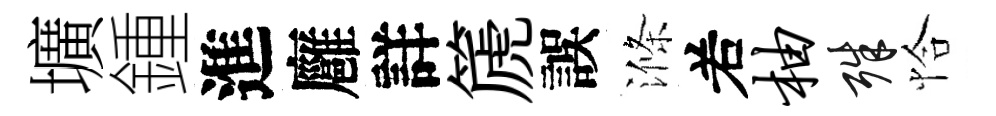
壙鍾進廱詳篪誤滌𠰥柚殊恰